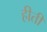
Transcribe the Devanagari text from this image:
हीती